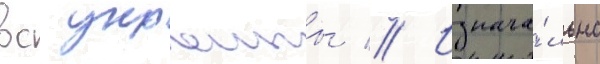
вс украины // Изнача́льно